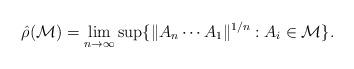
LaTeX: \begin{align*}\hat{\rho}(\mathcal M)=\lim_{n\to \infty} \sup \{\lVert A_n \cdots A_1 \rVert^{1/n}: A_i\in \mathcal M\}.\end{align*}